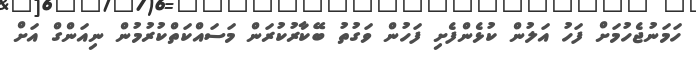
ހަމަނުޖެހުމަށް ފަހު އަލުން ކުޅެންފެށި ފަހުން ވަގުތު ބޭކާރުކުރަން މަސައްކަތްކުރުމުން ނިއަންގް އަށް